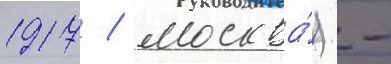
1917 / москва́) -